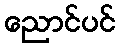
ညောင်ပင်